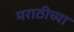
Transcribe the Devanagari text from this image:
मराठीच्‍या